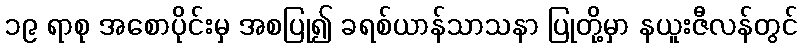
၁၉ ရာစု အစောပိုင်းမှ အစပြု၍ ခရစ်ယာန်သာသနာ ပြုတို့မှာ နယူးဇီလန်တွင်